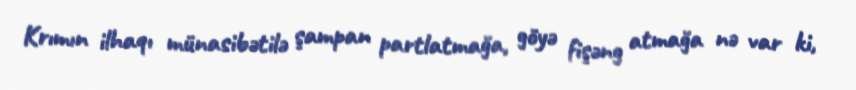
Krımın ilhaqı münasibətilə şampan partlatmağa, göyə fişəng atmağa nə var ki,